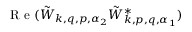
\mathrm { ~ R ~ e ~ } ( \tilde { W } _ { \boldsymbol { k } , \boldsymbol { q } , \boldsymbol { p } , \alpha _ { 2 } } \tilde { W } _ { \boldsymbol { k } , \boldsymbol { p } , \boldsymbol { q } , \alpha _ { 1 } } ^ { * } )